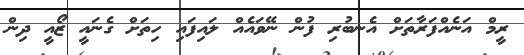
ރީމް އަނެއްފަރާތަށް އެނބުރި ފުން ނޭވައެއް ލައިފައި ހިތަށް ގެނައީ ޒޯއީ ދިން